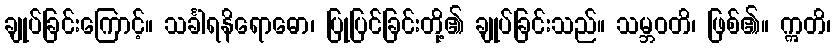
ချုပ်ခြင်းကြောင့်။ သင်္ခါရနိရောဓော၊ ပြုပြင်ခြင်းတို့၏ ချုပ်ခြင်းသည်။ သမ္ဘဝတိ၊ ဖြစ်၏။ ဣတိ၊